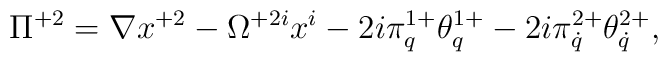
\Pi^{+2}=\nabla x^{+2}-\Omega^{+2i}x^i-2i\pi^{1+}_q\theta^{1+}_q-2i\pi^{2+}_{\dot q}\theta^{2+}_{\dot q},